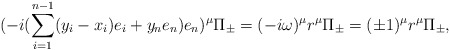
\begin{align*} (-i{(\sum_{i=1}^{n-1}(y_i-x_i)e_i+y_ne_n)e_n})^\mu\Pi_\pm =(-i\omega)^\mu r^\mu\Pi_\pm=(\pm 1)^\mu r^\mu\Pi_\pm,\end{align*}